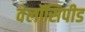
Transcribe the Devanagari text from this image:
वेलॉसिपीड